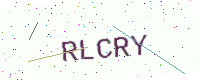
Text: RLCRY